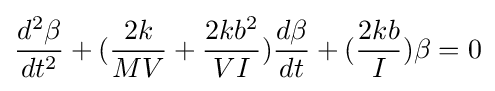
{\frac {d^{2}\beta }{dt^{2}}}+({\frac {2k}{MV}}+{\frac {2kb^{2}}{VI}}){\frac {d\beta }{dt}}+({\frac {2kb}{I}})\beta =0